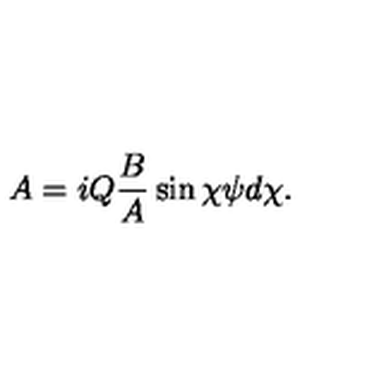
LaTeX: A = i Q \frac { B } { A } \sin \chi \psi d \chi .